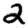
Digit: 2